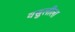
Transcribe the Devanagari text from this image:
वसुलीला